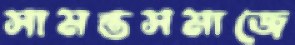
সামন্তসমাজে